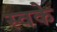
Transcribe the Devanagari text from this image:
स्वके